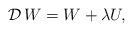
LaTeX: \begin{align*}{\mathcal D}\,W=W+\lambda U,\end{align*}